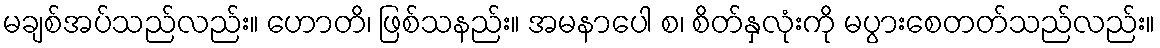
မချစ်အပ်သည်လည်း။ ဟောတိ၊ ဖြစ်သနည်း။ အမနာပေါ စ၊ စိတ်နှလုံးကို မပွားစေတတ်သည်လည်း။